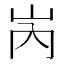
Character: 𡶀